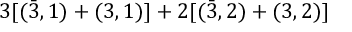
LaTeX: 3 [ ( \bar { 3 } , 1 ) + ( 3 , 1 ) ] + 2 [ ( \bar { 3 } , 2 ) + ( 3 , 2 ) ]